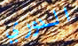
الدوري